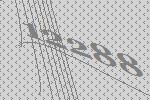
12288